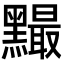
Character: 𪒙